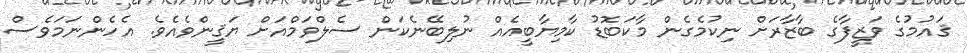
ޤައުމުގެ ވަޒީފާގެ ބާޒާރަށް ނިކުމެގެން މާކަބޮޑު ކާމިޔާބީއެއް ނުލިބޭނެކަން ސެލްވަމްއަށް ޔަޤީންވެއެވެ. އެހެންނަމަވެސް